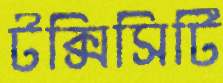
টক্সিসিটি